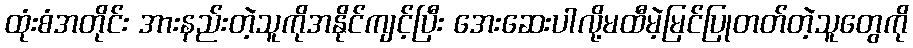
ထုံးစံအတိုင်း အားနည်းတဲ့သူကိုအနိုင်ကျင့်ပြီး အေးဆေးပါလို့မထီမဲ့မြင်ပြုတတ်တဲ့သူတွေကို